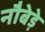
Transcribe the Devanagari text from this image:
नौबेड़े